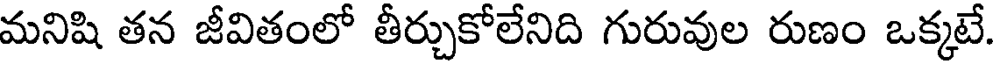
మనిషి తన జీవితంలో తీర్చుకోలేనిది గురువుల రుణం ఒక్కటే.